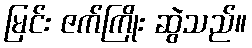
မြင်း ဇက်ကြိုး ဆွဲသည်။